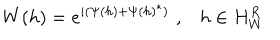
LaTeX: W ( h ) = e ^ { i ( \Psi ( h ) + \Psi ( h ) ^ { * } ) } \, \, , \, \, \, \, \, h \in H _ { W } ^ { R }